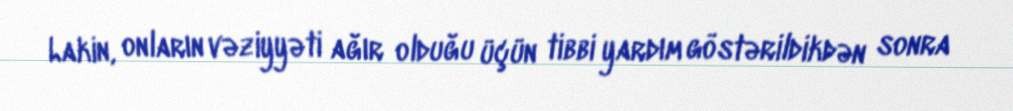
Lakin, onların vəziyyəti ağır olduğu üçün tibbi yardım göstərildikdən sonra